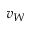
v _ { W }